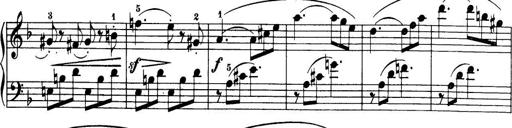
Title: 32 Sonatinas and Rondos for the Piano
Composer: Richard Kleinmichel